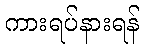
ကားရပ်နားရန်